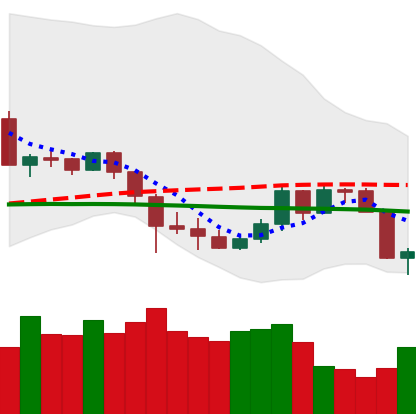
Ticker: DOGE-USD
Chart end date: 2020-03-09
Forward return: -24.752%
Label: down_7plus